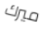
ميرك